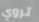
تروي